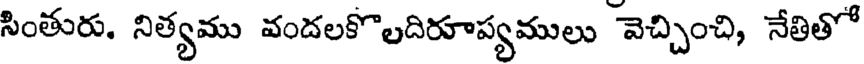
సింతురు. నిత్యము వందలకొలదిరూప్యములు వెచ్చించి, నేతితో